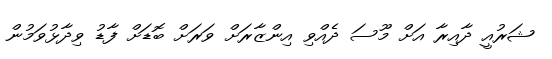
ޝަރުއީ ދާއިރާ އަށް މޫސަ ދެއްވި އިންޒާރަށް ވަރަށް ބޮޑަށް ފާޑު ވިދާޅުވަމުން